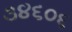
૩૪૬૦૬